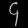
Digit: ၄